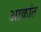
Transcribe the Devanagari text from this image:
अाक्रांत